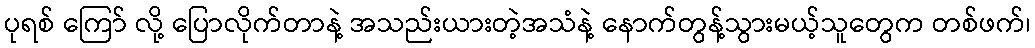
ပုရစ် ကြော် လို့ ပြောလိုက်တာနဲ့ အသည်းယားတဲ့အသံနဲ့ နောက်တွန့်သွားမယ့်သူတွေက တစ်ဖက်၊